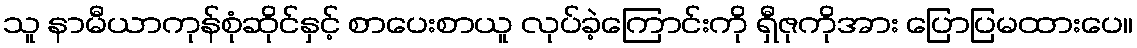
သူ နာမီယာကုန်စုံဆိုင်နှင့် စာပေးစာယူ လုပ်ခဲ့ကြောင်းကို ရှီဇုကိုအား ပြောပြမထားပေ။